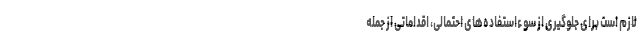
لازم است برای جلوگیری از سوءاستفاده‌های احتمالی، اقداماتی از جمله